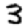
Digit: 3